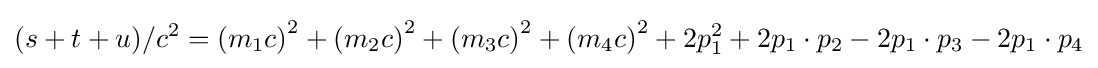
(s+t+u)/c^{2}=\left(m_{1}c\right)^{2}+\left(m_{2}c\right)^{2}+\left(m_{3}c\right)^{2}+\left(m_{4}c\right)^{2}+2p_{1}^{2}+2p_{1}\cdot p_{2}-2p_{1}\cdot p_{3}-2p_{1}\cdot p_{4}